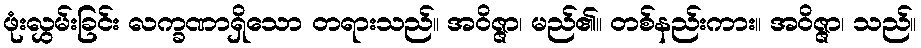
ဖုံးလွှမ်းခြင်း လက္ခဏာရှိသော တရားသည်။ အဝိဇ္ဇာ၊ မည်၏။ တစ်နည်းကား။ အဝိဇ္ဇာ၊ သည်။